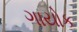
ગાયોક